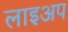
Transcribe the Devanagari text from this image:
लाइअप